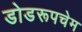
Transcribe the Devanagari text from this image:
डोडरूपचेम